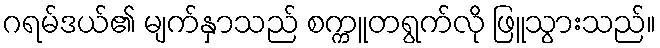
ဂရမ်ဒယ်၏ မျက်နှာသည် စက္ကူတရွက်လို ဖြူသွားသည်။